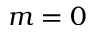
m = 0